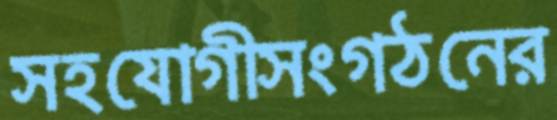
সহযোগীসংগঠনের